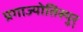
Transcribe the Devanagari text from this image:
प्रगाज्योतिस्पुर्